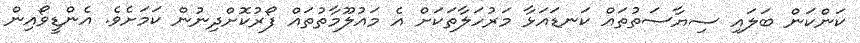
ކަންކަން ބަލައި ސިޔާސަތުތައް ކަނޑައަޅާ މަރުހަލާތަކަށް އެ މައުލޫމާތުތައް ފޯރުކޮށްދިނުން ކަމަށެވެ. އެންޑީވޯއިން